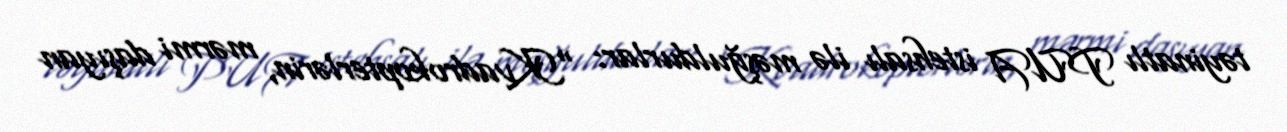
təyinatlı PUA istehsalı ilə məşğuldurlar: “Kvadrokopterlərin, mərmi daşıyan